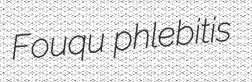
Fouqu phlebitis